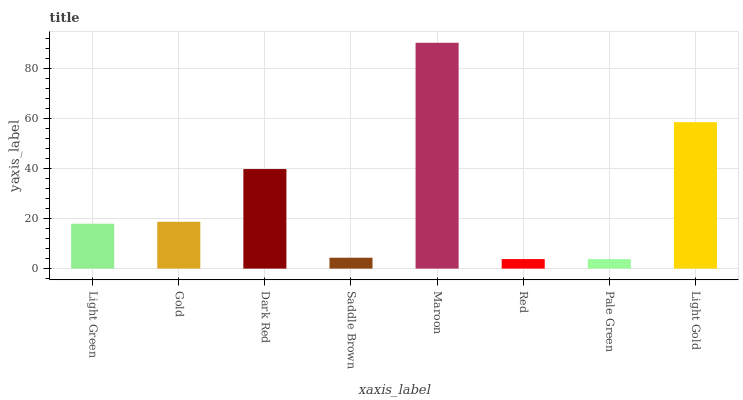
| xaxis_label | bars |
 | --- | --- |
 | Light Green | 18 |
 | Gold | 18.7 |
 | Dark Red | 39.9 |
 | Saddle Brown | 4.36 |
 | Maroon | 90.4 |
 | Red | 3.82 |
 | Pale Green | 3.8 |
 | Light Gold | 58.6 |